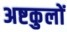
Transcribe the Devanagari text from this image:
अष्टकुलों